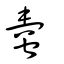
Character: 蟗